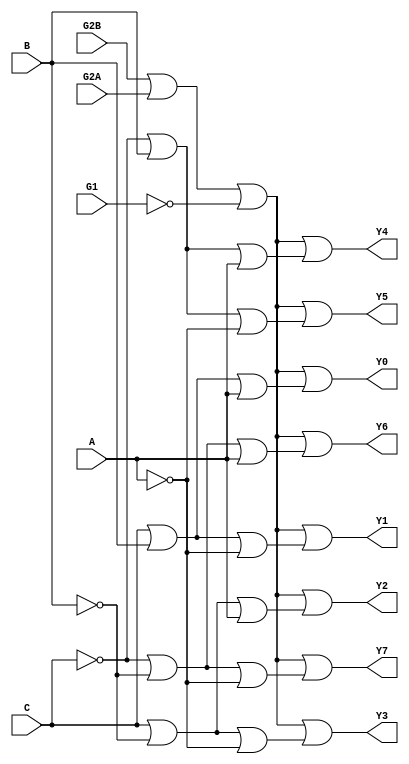
module decoder(
	input G2B, G2A, G1, C, B, A,
	output Y0, Y1, Y2, Y3, Y4, Y5, Y6, Y7
);

wire enable;

assign enable = G2B | G2A | ~G1;

assign Y0 = enable | (C | B | A);
assign Y1 = enable | (C | B | ~A);
assign Y2 = enable | (C | ~B | A);
assign Y3 = enable | (C | ~B | ~A);
assign Y4 = enable | (~C | B | A);
assign Y5 = enable | (~C | B | ~A);
assign Y6 = enable | (~C | ~B | A);
assign Y7 = enable | (~C | ~B | ~A);

endmodule